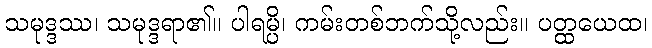
သမုဒ္ဒဿ၊ သမုဒ္ဒရာ၏။ ပါရမ္ပိ၊ ကမ်းတစ်ဘက်သို့လည်း။ ပတ္ထယေထ၊